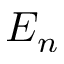
E _ { n }